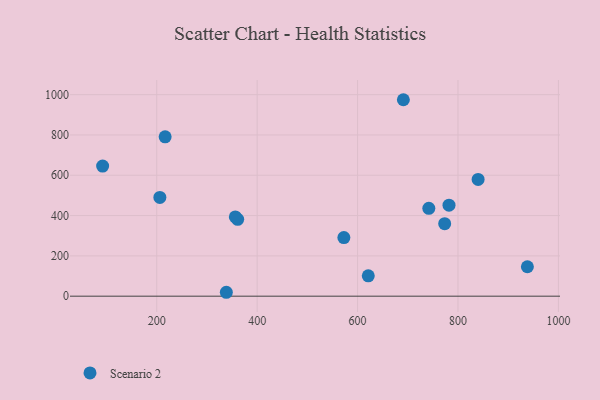
{"axis": {"x": "Engine Size", "y": "Sales"}, "legend": ["Scenario 2"], "data": [{"x": "621.3", "y": 101.1, "type": "Scenario 2"}, {"x": "840.1", "y": 579.2, "type": "Scenario 2"}, {"x": "938.2", "y": 146.1, "type": "Scenario 2"}, {"x": "782.1", "y": 451.8, "type": "Scenario 2"}, {"x": "338.6", "y": 19.4, "type": "Scenario 2"}, {"x": "773.5", "y": 359.9, "type": "Scenario 2"}, {"x": "741.9", "y": 435.8, "type": "Scenario 2"}, {"x": "361.2", "y": 381.2, "type": "Scenario 2"}, {"x": "691.2", "y": 974.8, "type": "Scenario 2"}, {"x": "356.5", "y": 393.3, "type": "Scenario 2"}, {"x": "572.7", "y": 290.6, "type": "Scenario 2"}, {"x": "216.7", "y": 790.8, "type": "Scenario 2"}, {"x": "92.2", "y": 645.8, "type": "Scenario 2"}, {"x": "206.2", "y": 489.9, "type": "Scenario 2"}]}